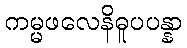
ကမ္မဖလေနိဓူပပန္နာ